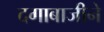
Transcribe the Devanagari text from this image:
दगाबाजीने